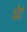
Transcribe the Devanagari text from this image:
धेट